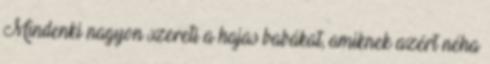
Mindenki nagyon szereti a hajas babákat, amiknek azért néha